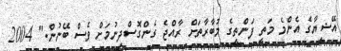
އޭޝިޔާގެ އެންމެ މަތީ ފަންތީގެ މުބާރާތަށް ރާއްޖެ ގެންގޮސްދިނުމަށް ވެސް ބޭނުން." 2004